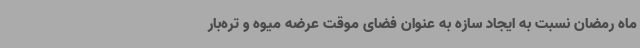
ماه رمضان نسبت به ایجاد سازه به عنوان فضای موقت عرضه میوه و تره‌بار